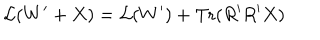
{ \cal L } ( W ^ { \prime } + X ) = { \cal L } ( W ^ { \prime } ) + \mathrm { T r } ( R ^ { \prime } R ^ { \prime } X )